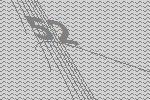
52